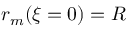
r _ { m } ( \xi = 0 ) = R